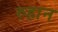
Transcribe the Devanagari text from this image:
रुहान